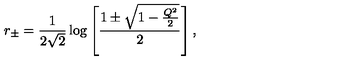
r _ { \pm } = { \frac { 1 } { 2 \sqrt 2 } } \log \left[ { \frac { 1 \pm \sqrt { 1 - { \frac { Q ^ { 2 } } { 2 } } } } { 2 } } \right] ,